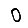
Digit: 0